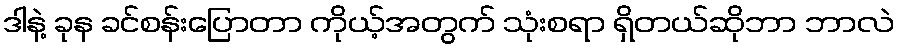
ဒါနဲ့ ခုန ခင်စန်းပြောတာ ကိုယ့်အတွက် သုံးစရာ ရှိတယ်ဆိုဘာ ဘာလဲ